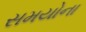
સમયોના